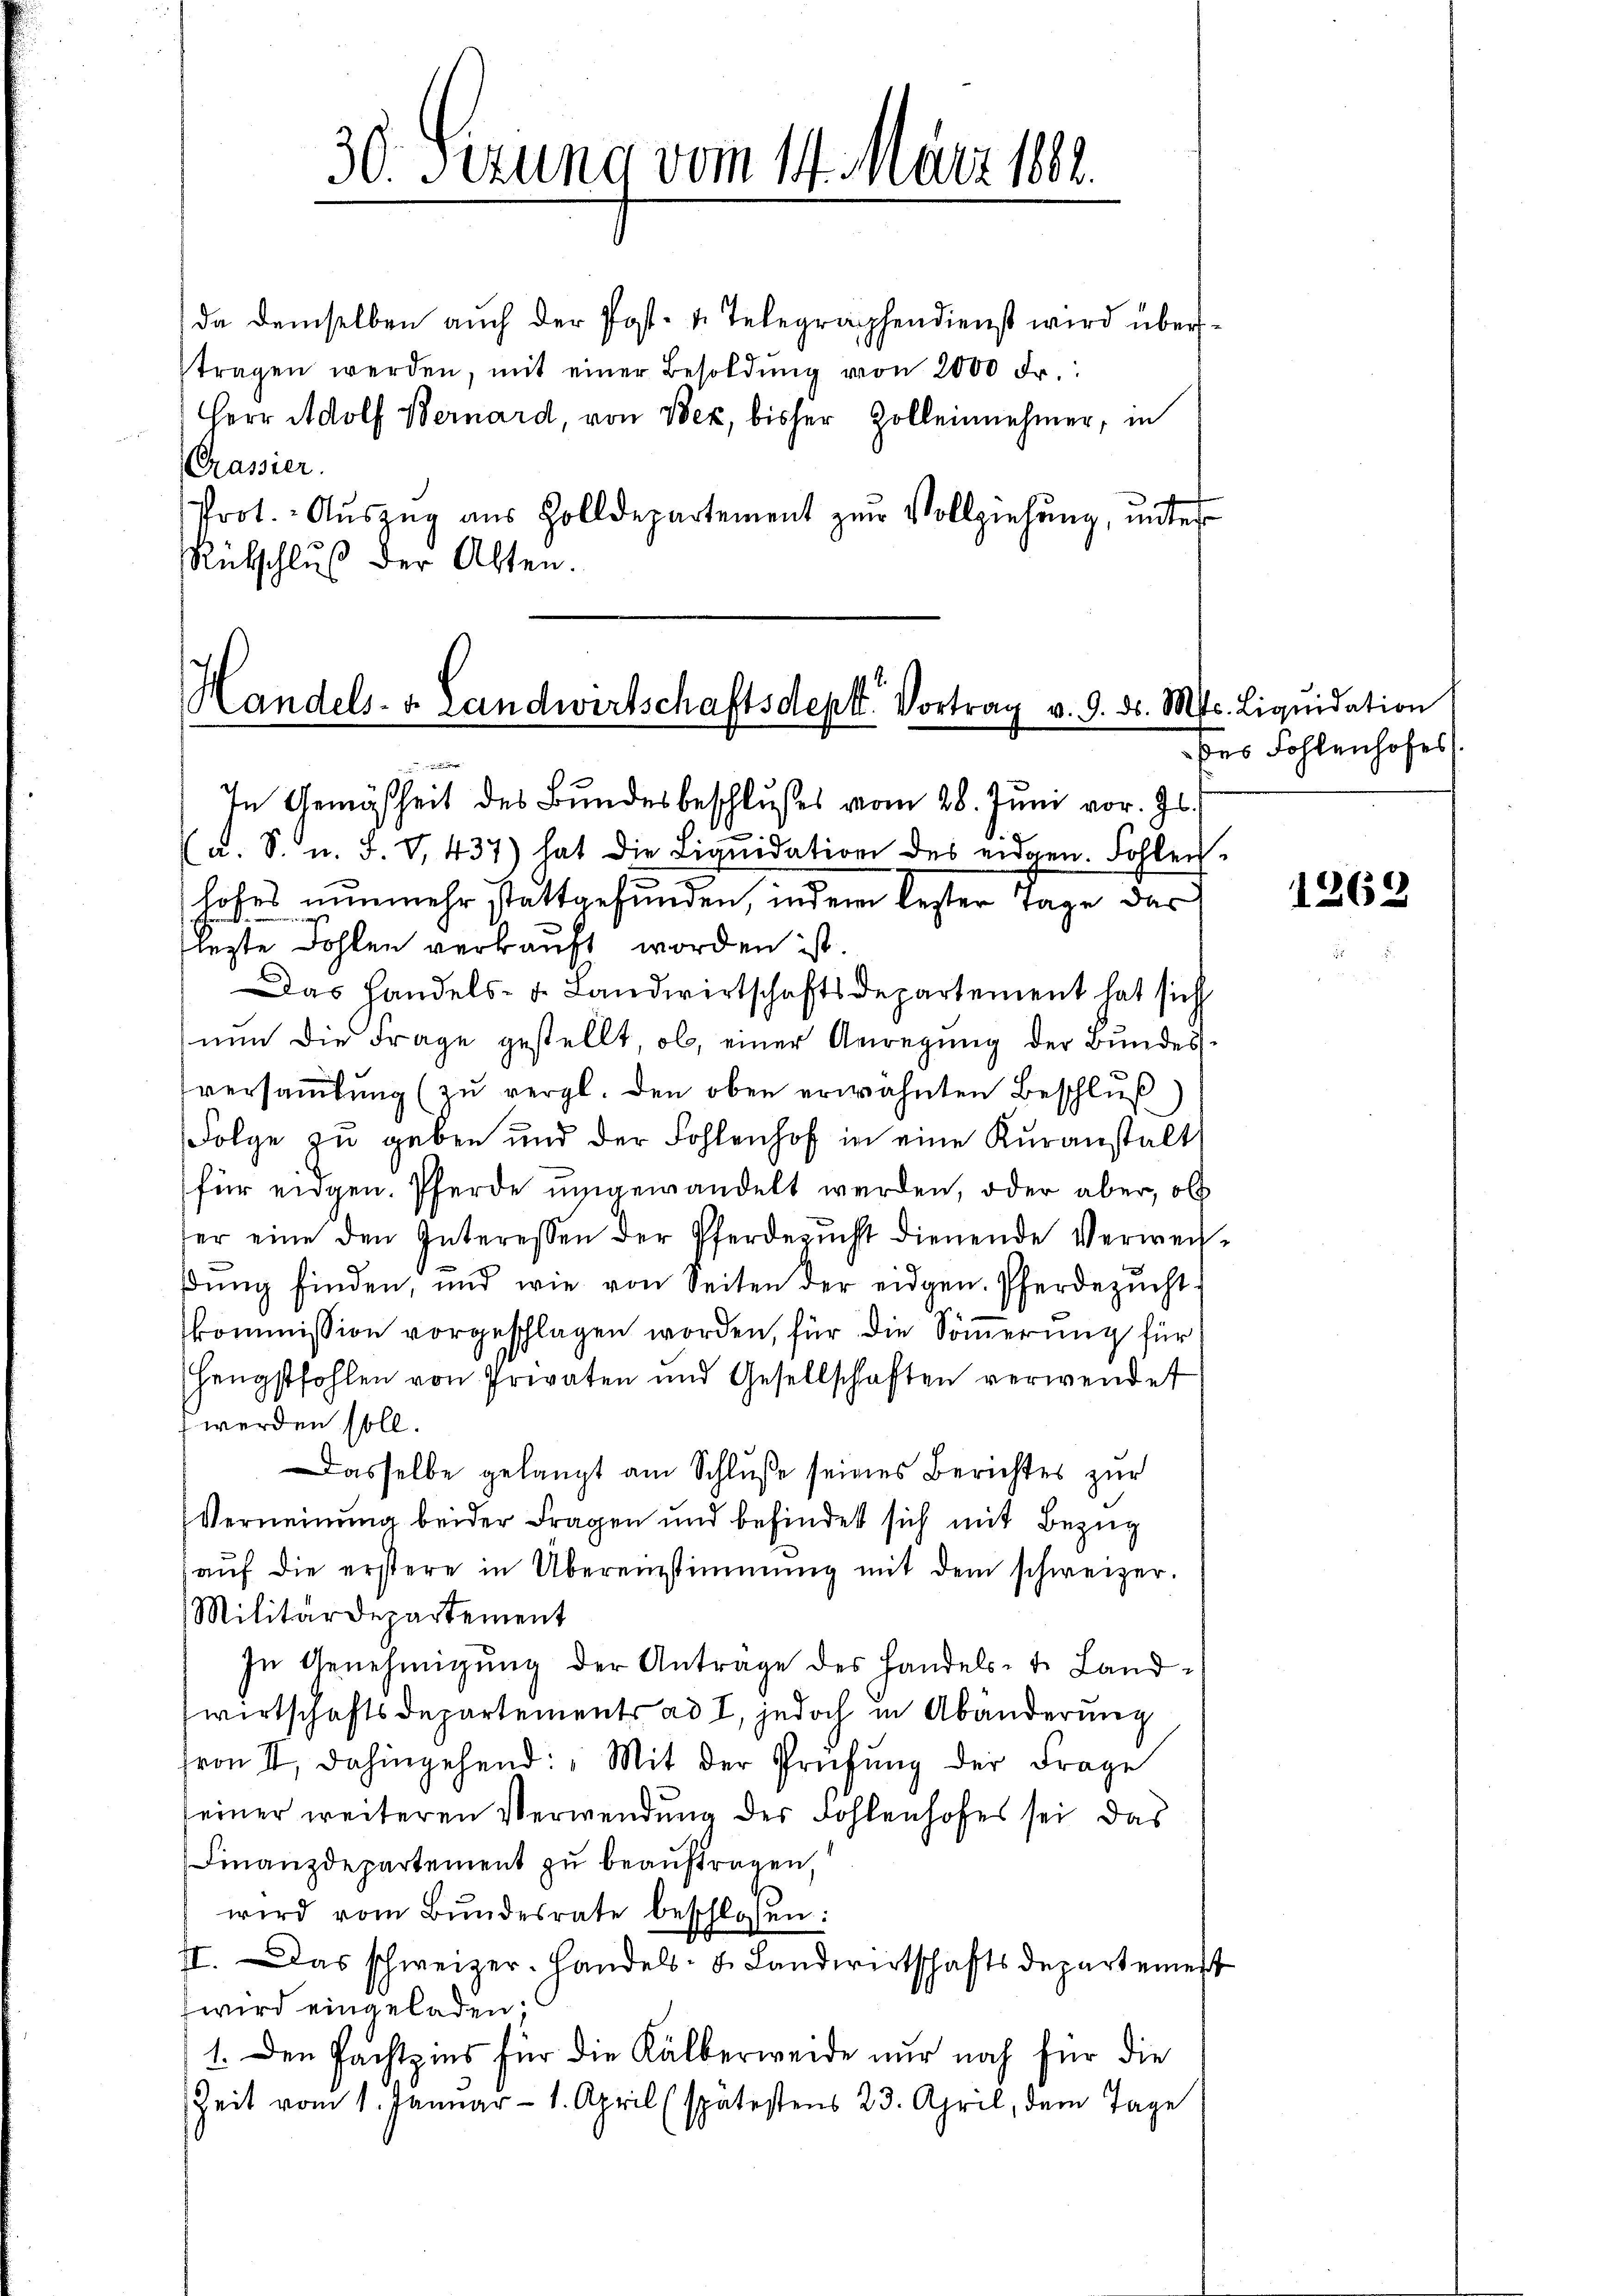
30. Sezung vom 14. März 1882.

da demselben auch der Post- u. Telegraphendienst wird übertragen werden, mit einer Besoldŭng von 2000 fr.:
Herr Adolf Bernard, von Wer, bisher Zolleinnehmer, in
(Grassier.
Prot. Aŭszŭg aŭs Zolldepartement zŭr Vollziehŭng ŭnter
Rütschluß der Alten.

Handels- u. Landwirtschaftsdeptt. Vortrag v. 9. d. Mts. Liqŭidation
i

In Gemäßheit des Bundesbeschlußes vom 28. Juni vor. Js.
x
d. S. u. F. V. 437) hat die Liquidation des eidgen. Fohlenloses nunmehr stattgefunden, indem bester Tage das
lezte Fohlen verkauft worden ist.
Das Handels- u. Landwirtschaftsdepartement hat sich
nun die Frage gestellt, ob, einer Anregung der Bundesversammlung (zu vergl. den oben erwähnten Beschluß
Folge zu geben und der Fohlenhof in eine Kuranstalt
für eidgen. Pferde umgewandelt werden, oder aber, ob
ter eine den Interessen der Pferdezŭcht dienende Verweit
ŭng finden, und wie von Seiten der eidgen. Pferdezŭcht
kommission vorgeschlagen worden, für die Sommerung für
Hengstfohlen von Privaten und Gesellschaften verwendet
 werden soll.
Dasselbe gelangt am Schluße seines Berichtes zur
Verneinung beider Fragen und befindet sich mit Bezug
aŭf die erstere in Übereinstimmung mit dem schweizer-
Militärdepartement
In Genehmigŭng der Anträge des Handels- u. Land-
wirtschaftsdepartements ad I, jedoch in Abänderung
front, dahingehend: „Mit der Prüfŭng der Frage
seiner weiteren Verwendung des Fohlenhofes sei das
Finanzdepartement zu beauftragen,
wird vom Bŭndesrate beschlossen:
II. Das schweizer. Handels- u. Landwirtschaftsdepartement
wird eingeladen;
1. Den Pachtzins für die Kälberweide nur noch für die
Zeit vom 1. Januar - 1. April (spätestens 23. April, dem Tage

des Fohlenhofes

e

1262